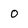
Character: o